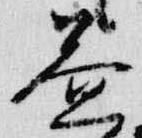
益